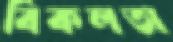
বিকলতা